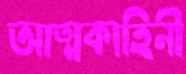
আত্মকাহিনী